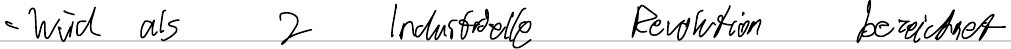
- wird als 2 Industrielle Revolution bezeichnet